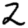
Digit: 2